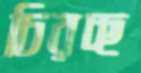
চিরচ্ছ